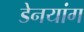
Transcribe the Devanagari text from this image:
डेनयांग